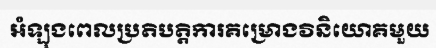
អំឡុងពេលប្រតិបត្តិការគម្រោងវិនិយោគមួយ